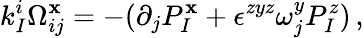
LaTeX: k_{I}^{i}\Omega_{ij}^{\mathbf{x}}=-(\partial_{j}P_{I}^{\mathbf{x}}+\epsilon^{zyz}\omega_{j}^{y}P_{I}^{z})\, ,